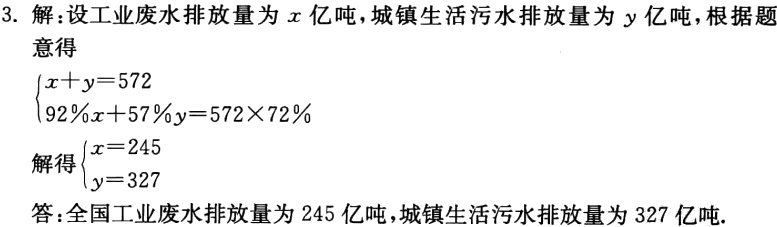
3. 解：设工业废水排放量为\(x\)亿吨，城镇生活污水排放量为\(y\)亿吨，根据题意得
\(\begin{cases}
x + y = 572\\
92\%x + 57\%y = 572\times72\%
\end{cases}\)
解得\(\begin{cases}
x = 245\\
y = 327
\end{cases}\)
答：全国工业废水排放量为\(245\)亿吨，城镇生活污水排放量为\(327\)亿吨.